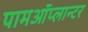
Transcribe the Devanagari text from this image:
पामऑप्लान्टर